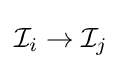
{\mathcal {I}}_{i}\to {\mathcal {I}}_{j}